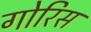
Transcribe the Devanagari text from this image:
गोरिस